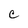
Character: c